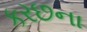
કરછના